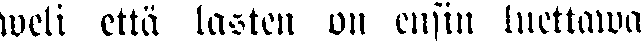
weli että lasten on ensin luettawa